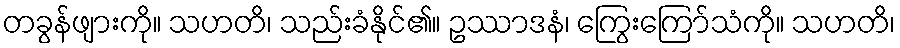
တခွန်ဖျားကို။ သဟတိ၊ သည်းခံနိုင်၏။ ဥဿာဒနံ၊ ကြွေးကြော်သံကို။ သဟတိ၊